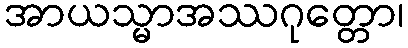
အာယသ္မာအဿဂုတ္တော၊